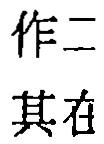
作二
其在